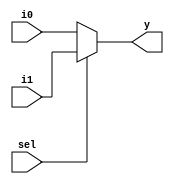
`timescale 1ns/1ns;

module mux_2_to_1 (i0, i1, sel , y);
  input [4:0] i0, i1;
  input sel;
  output [4:0] y;
  
  assign y = sel ? i1 : i0;
  
endmodule